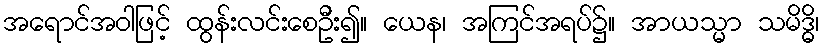
အရောင်အဝါဖြင့် ထွန်းလင်းစေဦး၍။ ယေန၊ အကြင်အရပ်၌။ အာယသ္မာ သမိဒ္ဓိ၊